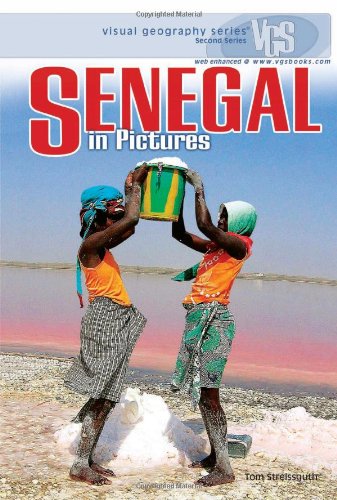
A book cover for Senegal in Pictures (Visual Geography (Twenty-First Century)); Thomas Streissguth; Children's Books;